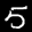
Label: 5